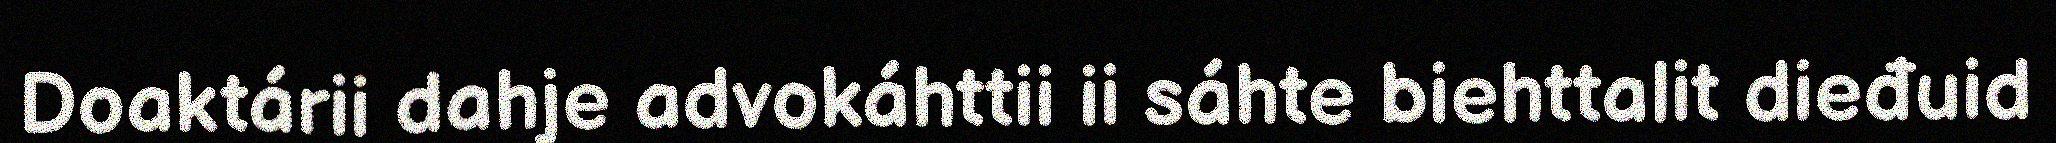
Doaktárii dahje advokáhttii ii sáhte biehttalit dieđuid